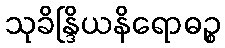
သုခိန္ဒြိယနိရောဓဉ္စ